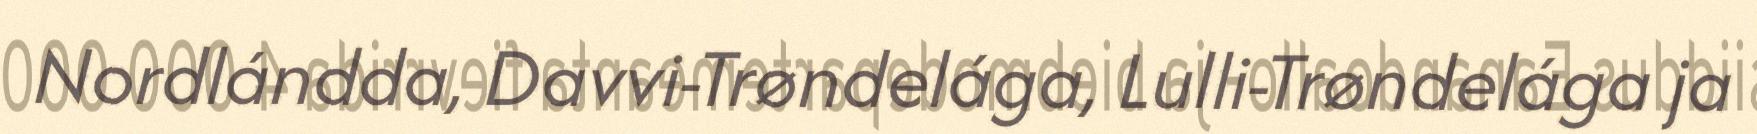
Nordlándda, Davvi-Trøndelága, Lulli-Trøndelága ja